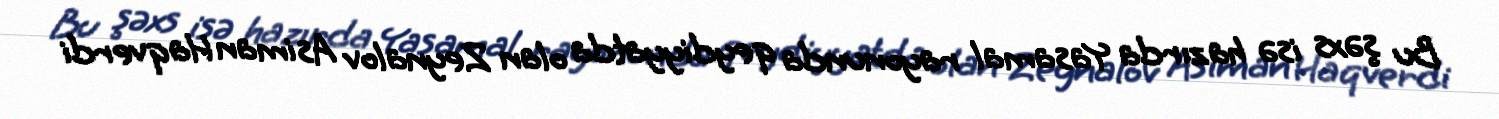
Bu şəxs isə hazırda Yasamal rayonunda qeydiyyatda olan Zeynalov Asiman Haqverdi